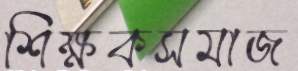
শিক্ষকসমাজ